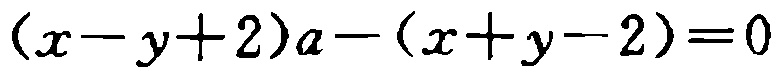
\((x - y + 2)a - (x + y - 2)=0\)